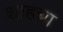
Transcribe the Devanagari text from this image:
शाहचा